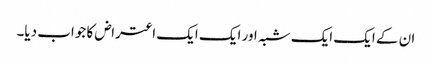
ان کے ایک ایک شبہ اور ایک ایک اعتراض کا جواب دیا۔